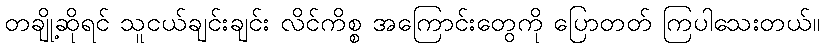
တချို့ဆိုရင် သူငယ်ချင်းချင်း လိင်ကိစ္စ အကြောင်းတွေကို ပြောတတ် ကြပါသေးတယ်။